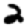
Digit: 2